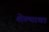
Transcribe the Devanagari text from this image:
शेल्याचा